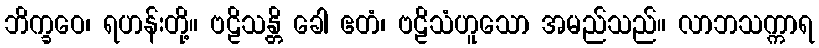
ဘိက္ခဝေ၊ ရဟန်းတို့။ ဗဠိသန္တိ ခေါ ဧတံ၊ ဗဠိသံဟူသော အမည်သည်။ လာဘသက္ကာရ